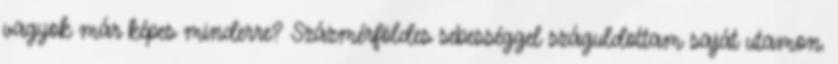
vagyok már képes minderre? Százmérföldes sebességgel száguldottam saját utamon.